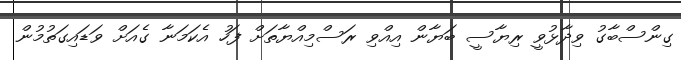
ގިންސްބާގު ވިދާޅުވީ ރިޔާސީ ބަޔާން އިއްވި ރަސްމިއްޔާތަށް ފަހު އެކަމަނާ ގެއަށް ވަޑައިގަތުމުން